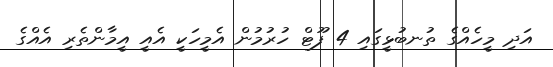
އަދި މީހެއްގެ ތުނބުޅީގައި 4 ފޫޓް ހުރުމުން އެމީހަކީ އެއީ އީމާންތެރި އެއްގެ